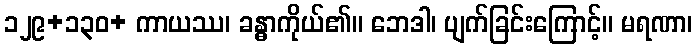
၁၂၉+၁၃၀+ ကာယဿ၊ ခန္ဓာကိုယ်၏။ ဘေဒါ၊ ပျက်ခြင်းကြောင့်။ မရဏာ၊